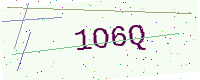
Text: 1O6Q